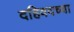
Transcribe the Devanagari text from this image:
दहिवदच्या